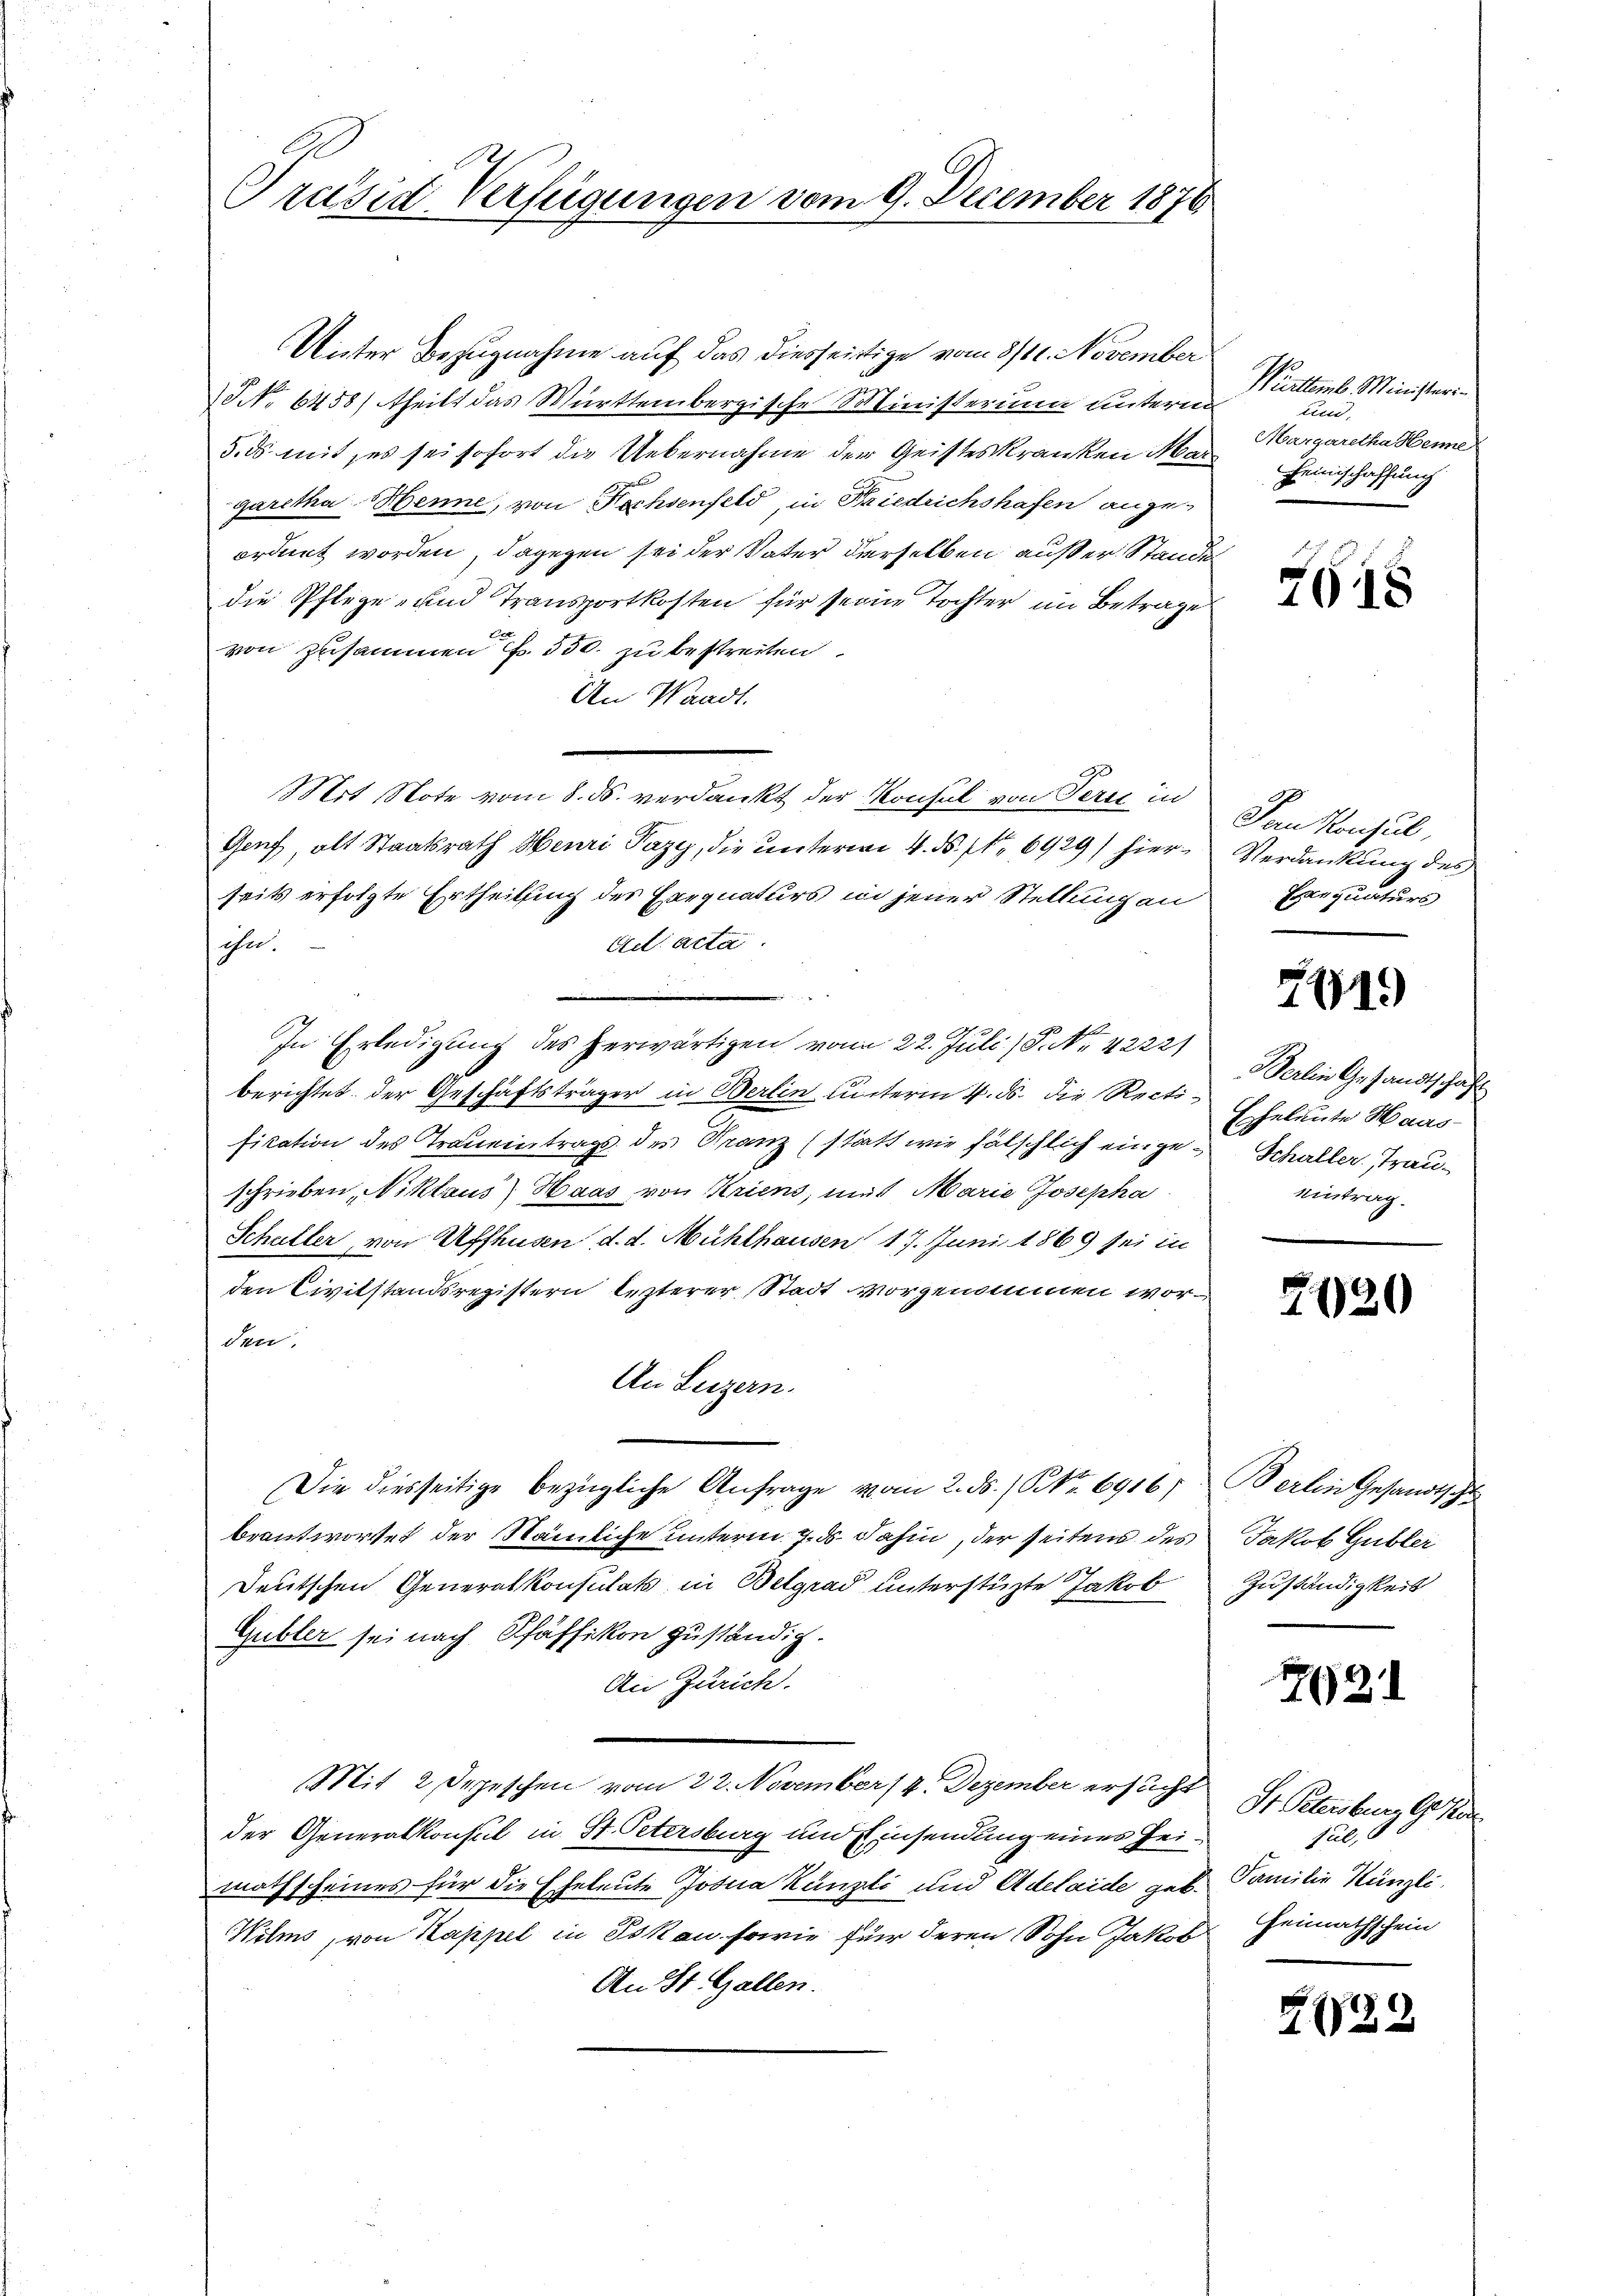
Präsid Verfügungen vom 9. December 1876

Unter Bezugnahme auf das diesseitige vom 8/11. November
NNo. 6458) theilt das Württembergische Ministerium unterm
d.ds. mit, es sei sofort die Uebernahme der Geisteskranken Mar
garetha Henne, von Fachsenfeld, in Friedrichshafen angeordnet worden, dagegen sei der Vater derselben außer Stande
die Pflege- und Transportkosten für seine Tochter im Betrage
von zusammen f. 550. zu bestreiten.
An Waadt.
Mit Note vom 8. ds. verdankt der Konsul von Perst in
Genf, alt Staatsrath Henri Pazy, die unterm 4. ds. No 6929) hier Verdankung des
seits erfolgte Ertheilung des Exequaturs in jener Stellung an Exequaturs
Ad acta
ohn.

e
In Erledigung des herwärtigen von 22. Juli/P. Nr. 42221
berichtet der Geschäftsträger in Berlin unterm 4. ds. die Rect-Eheleute Haus
fication des Traueintrags des Franz (statt wie fälschlich einge-Schaller, Trauschrieben, Niklaus Haas von Kriens, mit Marie Josepha
Schuller, von Affhusen, d. d. Mühlhausen 17. Juni 1869 sei in
den Civilstandsregistern lezterer Stadt vorgenommen worden.
An Luzern.
Die diesseitige bezügliche Anfrage vom 2. ds. (Nr. 6916;
beantwortet der Nämliche unterm 7. ds. dahin, der seitens des Jakob Gubler
Deutschen Generalkonsulats in Belgrad unterstüzte Jakob
Gubler sei nach Pfäffikon zuständig.
An Zürich.
Mit 2 Depeschen vom 22. November 14. Dezember ersucht
der Generalkonsul in St. Petersburg und Einsendung eines Heimathscheines für die Eheleute Josua Künzli und Adelaide geb. Familie Künzli.
Wilms von Kappel in Sokan sowie für deren Sohn Jakob Heimathschein
An St. Gallen.

Vierttemb. Ministeri
und,
Margaretha Henne
Feinschaffung

7618

Jan Konsul,

241.

Berlin Gesandtschaft
eintrag.

2920

Berlin Gesandtschu
Zuständigkeit

7621

St. Petersburg Gs sein
sul,

21729